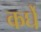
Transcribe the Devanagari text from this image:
कर्घे